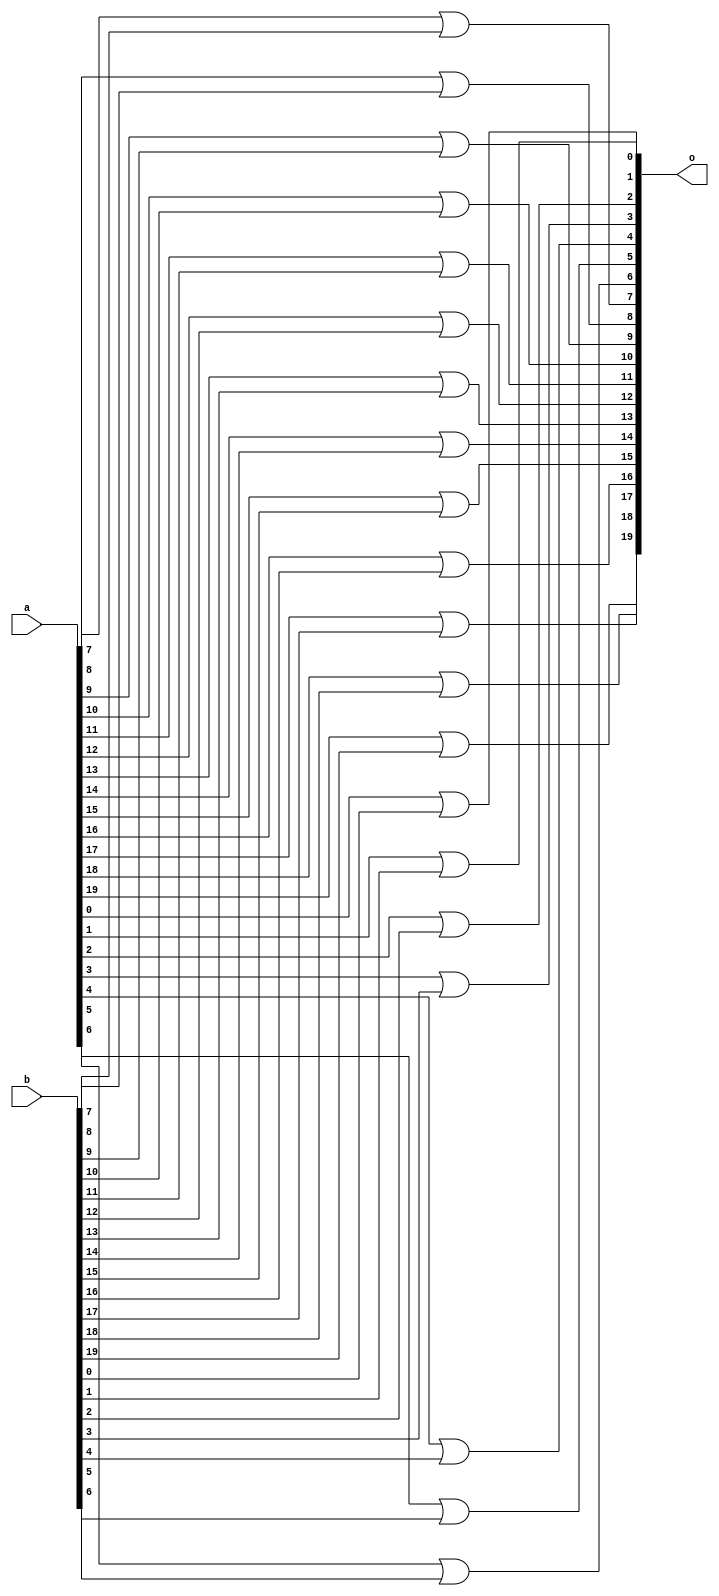
module or_word (
   input [19:0] a,
   input [19:0] b,
   output reg [19:0] o
);

   integer i;

   always @(a or b) begin
      for (i = 0; i < 20; i++) begin
         o[i] = a[i] | b[i];
      end
   end  

endmodule